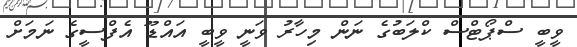
ވީބީ ސްޕޯޓްސް ކްލަބުގެ ނަން މިހާރު ވަނީ ވީބީ އައްޑޫ އެފްސީގެ ނަމަށް